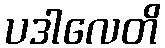
ပဒါလေတိ